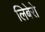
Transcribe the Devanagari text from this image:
लिबेरो